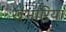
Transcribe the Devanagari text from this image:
खंभारिया